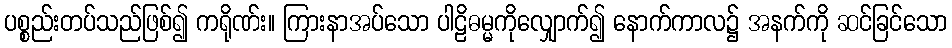
ပစ္စည်းတပ်သည်ဖြစ်၍ ကရိုဏ်း။ ကြားနာအပ်သော ပါဠိဓမ္မကိုလျှောက်၍ နောက်ကာလ၌ အနက်ကို ဆင်ခြင်သော